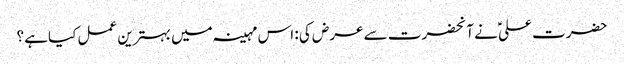
حضرت علیؑ نے آنحضرت سے عرض کی : اس مہینہ میں بہترین عمل کیاہے ؟